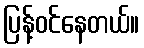
ပြန့်ဝင်နေတယ်။